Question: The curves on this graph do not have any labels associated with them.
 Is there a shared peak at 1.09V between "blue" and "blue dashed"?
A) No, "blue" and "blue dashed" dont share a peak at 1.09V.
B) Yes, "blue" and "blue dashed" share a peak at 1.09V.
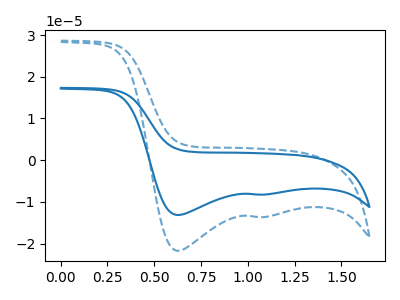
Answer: <think>The blue curve "blue" has cathodic peaks at (0.65V, -13.15uA) (1.10V, -8.25uA). The blue dashed curve "blue dashed" has cathodic peaks at (0.65V, -21.70uA) (1.10V, -13.65uA).</think>
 <answer>B) Yes, "blue" and "blue dashed" share a peak at 1.09V.</answer>
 <eval>B</eval>